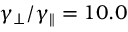
\gamma _ { \perp } / \gamma _ { \parallel } = 1 0 . 0